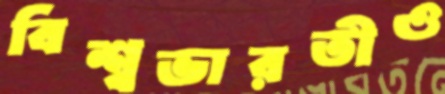
বিশ্বভারতীও